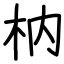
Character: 枘